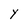
Character: Y